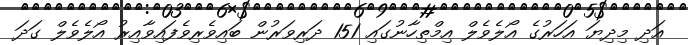
އަދި މިދިޔަ އަހަރުގެ އޯލެވެލް އިމްތިހާނުގައި 151 ދަރިވަރުން ބައިވެރިވެފައިވާއިރު އޯލެވެލް ގަދަ